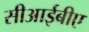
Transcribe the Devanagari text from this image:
सीआईबीए